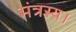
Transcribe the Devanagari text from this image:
मंत्रस्य।